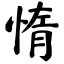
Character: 惰